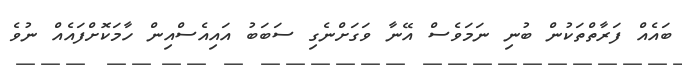
ބައެއް ފަރާތްތަކުން ބުނި ނަމަވެސް އޭނާ ވަގަށްނެގި ސަބަބު އައިއެސްއިން ހާމަކޮށްފައެއް ނުވެ